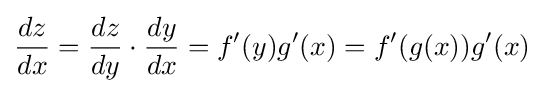
{\frac {dz}{dx}}={\frac {dz}{dy}}\cdot {\frac {dy}{dx}}=f'(y)g'(x)=f'(g(x))g'(x)